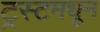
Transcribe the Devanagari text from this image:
ट्रस्टमधून